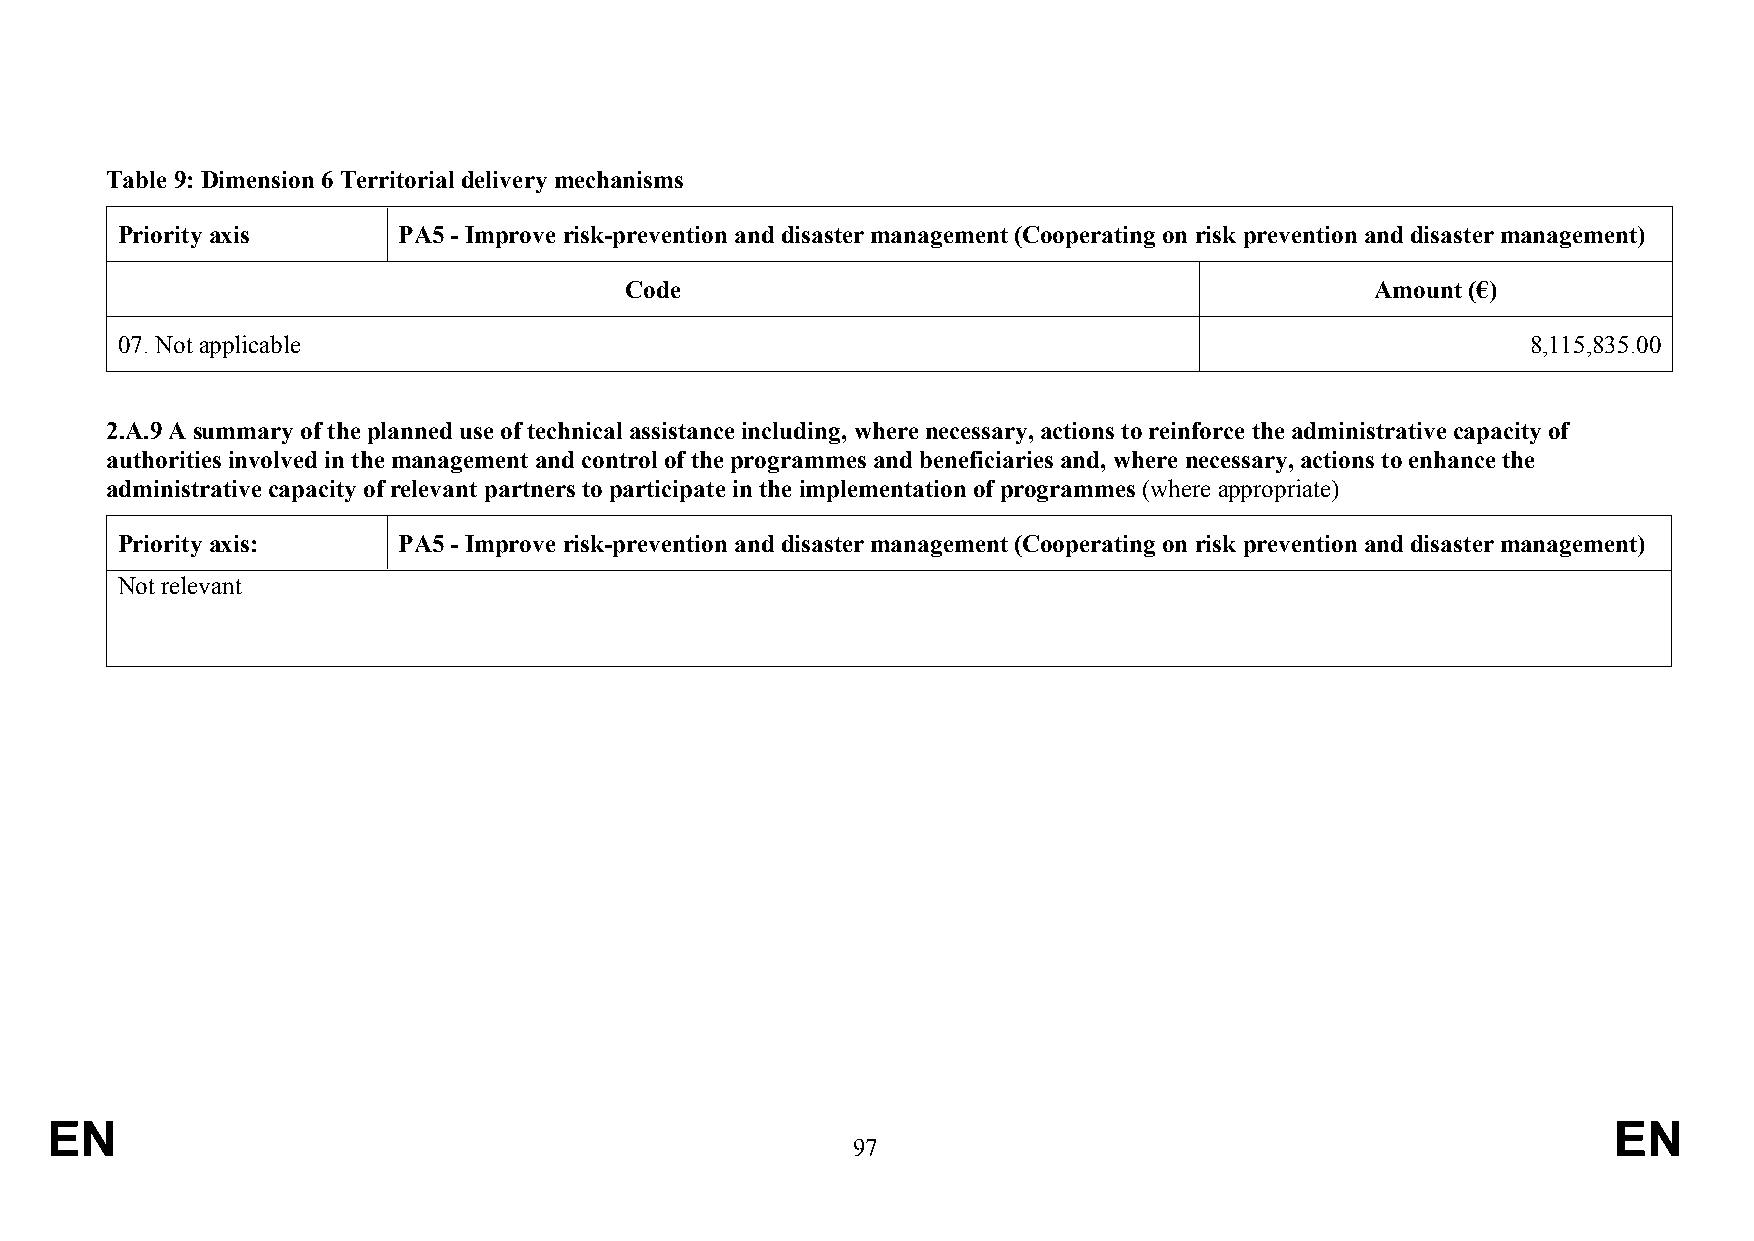
Table 9: Dimension 6 Territorial delivery mechanisms
 Priority axis     PA5 - Improve risk-prevention and disaster management (Cooperating on risk prevention and disaster management)
 Code                                              Amount (€)
 07. Not applicable                                                                           8,115,835.00
 2.A.9 A summary of the planned use of technical assistance including, where necessary, actions to reinforce the administrative capacity of
 authorities involved in the management and control of the programmes and beneficiaries and, where necessary, actions to enhance the
 administrative capacity of relevant partners to participate in the implementation of programmes (where appropriate)
 Priority axis:    PA5 - Improve risk-prevention and disaster management (Cooperating on risk prevention and disaster management)
 Not relevant
 EN                                                                                                      EN
 97